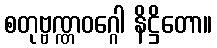
စတုဗ္ဗဏ္ဏဝဂ္ဂေါ နိဋ္ဌိတော။